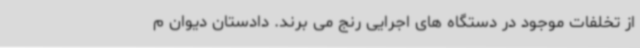
از تخلفات موجود در دستگاه های اجرایی رنج می برند. دادستان دیوان م